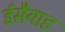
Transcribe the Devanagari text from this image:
ईसैयाह